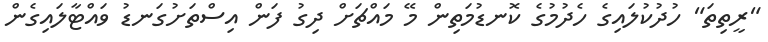
"ރީތިތަ" ހުދުކުލައިގެ ހެދުމުގެ ކޮނޑުމަތިން މޭ މައްޗަށް ދިގު ފަން އިސްތަށުގަނޑު ވައްޓާލައިގެން